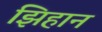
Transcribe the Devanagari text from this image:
झिहान